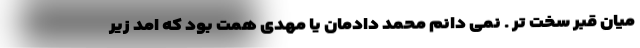
میان قبر سخت تر . نمی دانم محمد دادمان یا مهدی همت بود که امد زیر